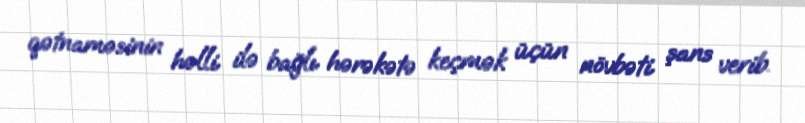
qətnaməsinin həlli ilə bağlı hərəkətə keçmək üçün növbəti şans verib.